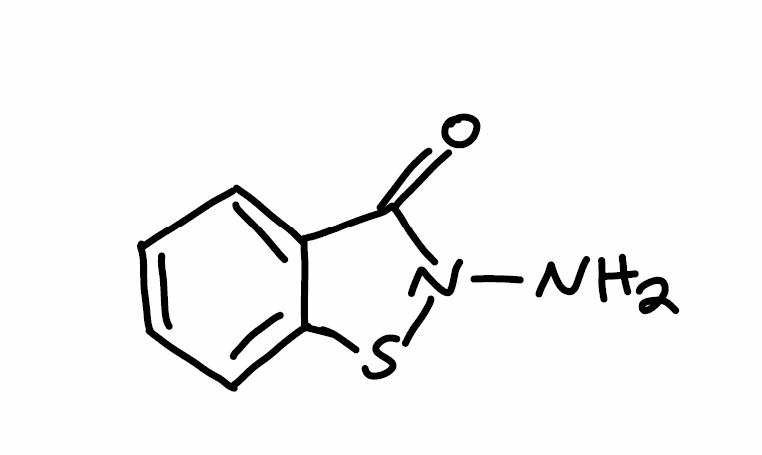
Simplified molecular-input line-entry system (SMILES) notation of the given molecule:
C1=CC=C2C(=C1)C(=O)N(S2)N